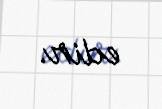
edir.